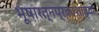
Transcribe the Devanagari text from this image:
भूषारत्नप्रकाशाढ्यो